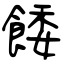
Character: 餧